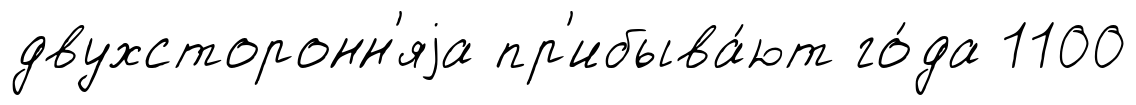
двухсторонн'яjа пр'ибыва́ют го́да 1100